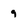
Character: 9